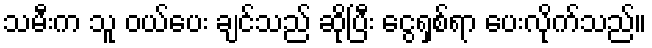
သမီးက သူ ဝယ်ပေး ချင်သည် ဆိုပြီး ငွေရှစ်ရာ ပေးလိုက်သည်။